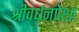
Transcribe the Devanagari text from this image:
श्रीवर्धनपेक्षा